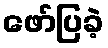
ဖော်ပြခဲ့